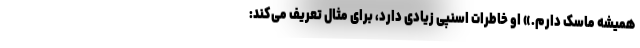
همیشه ماسک دارم.» او خاطرات اسنپی زیادی دارد، برای مثال تعریف می‌کند: